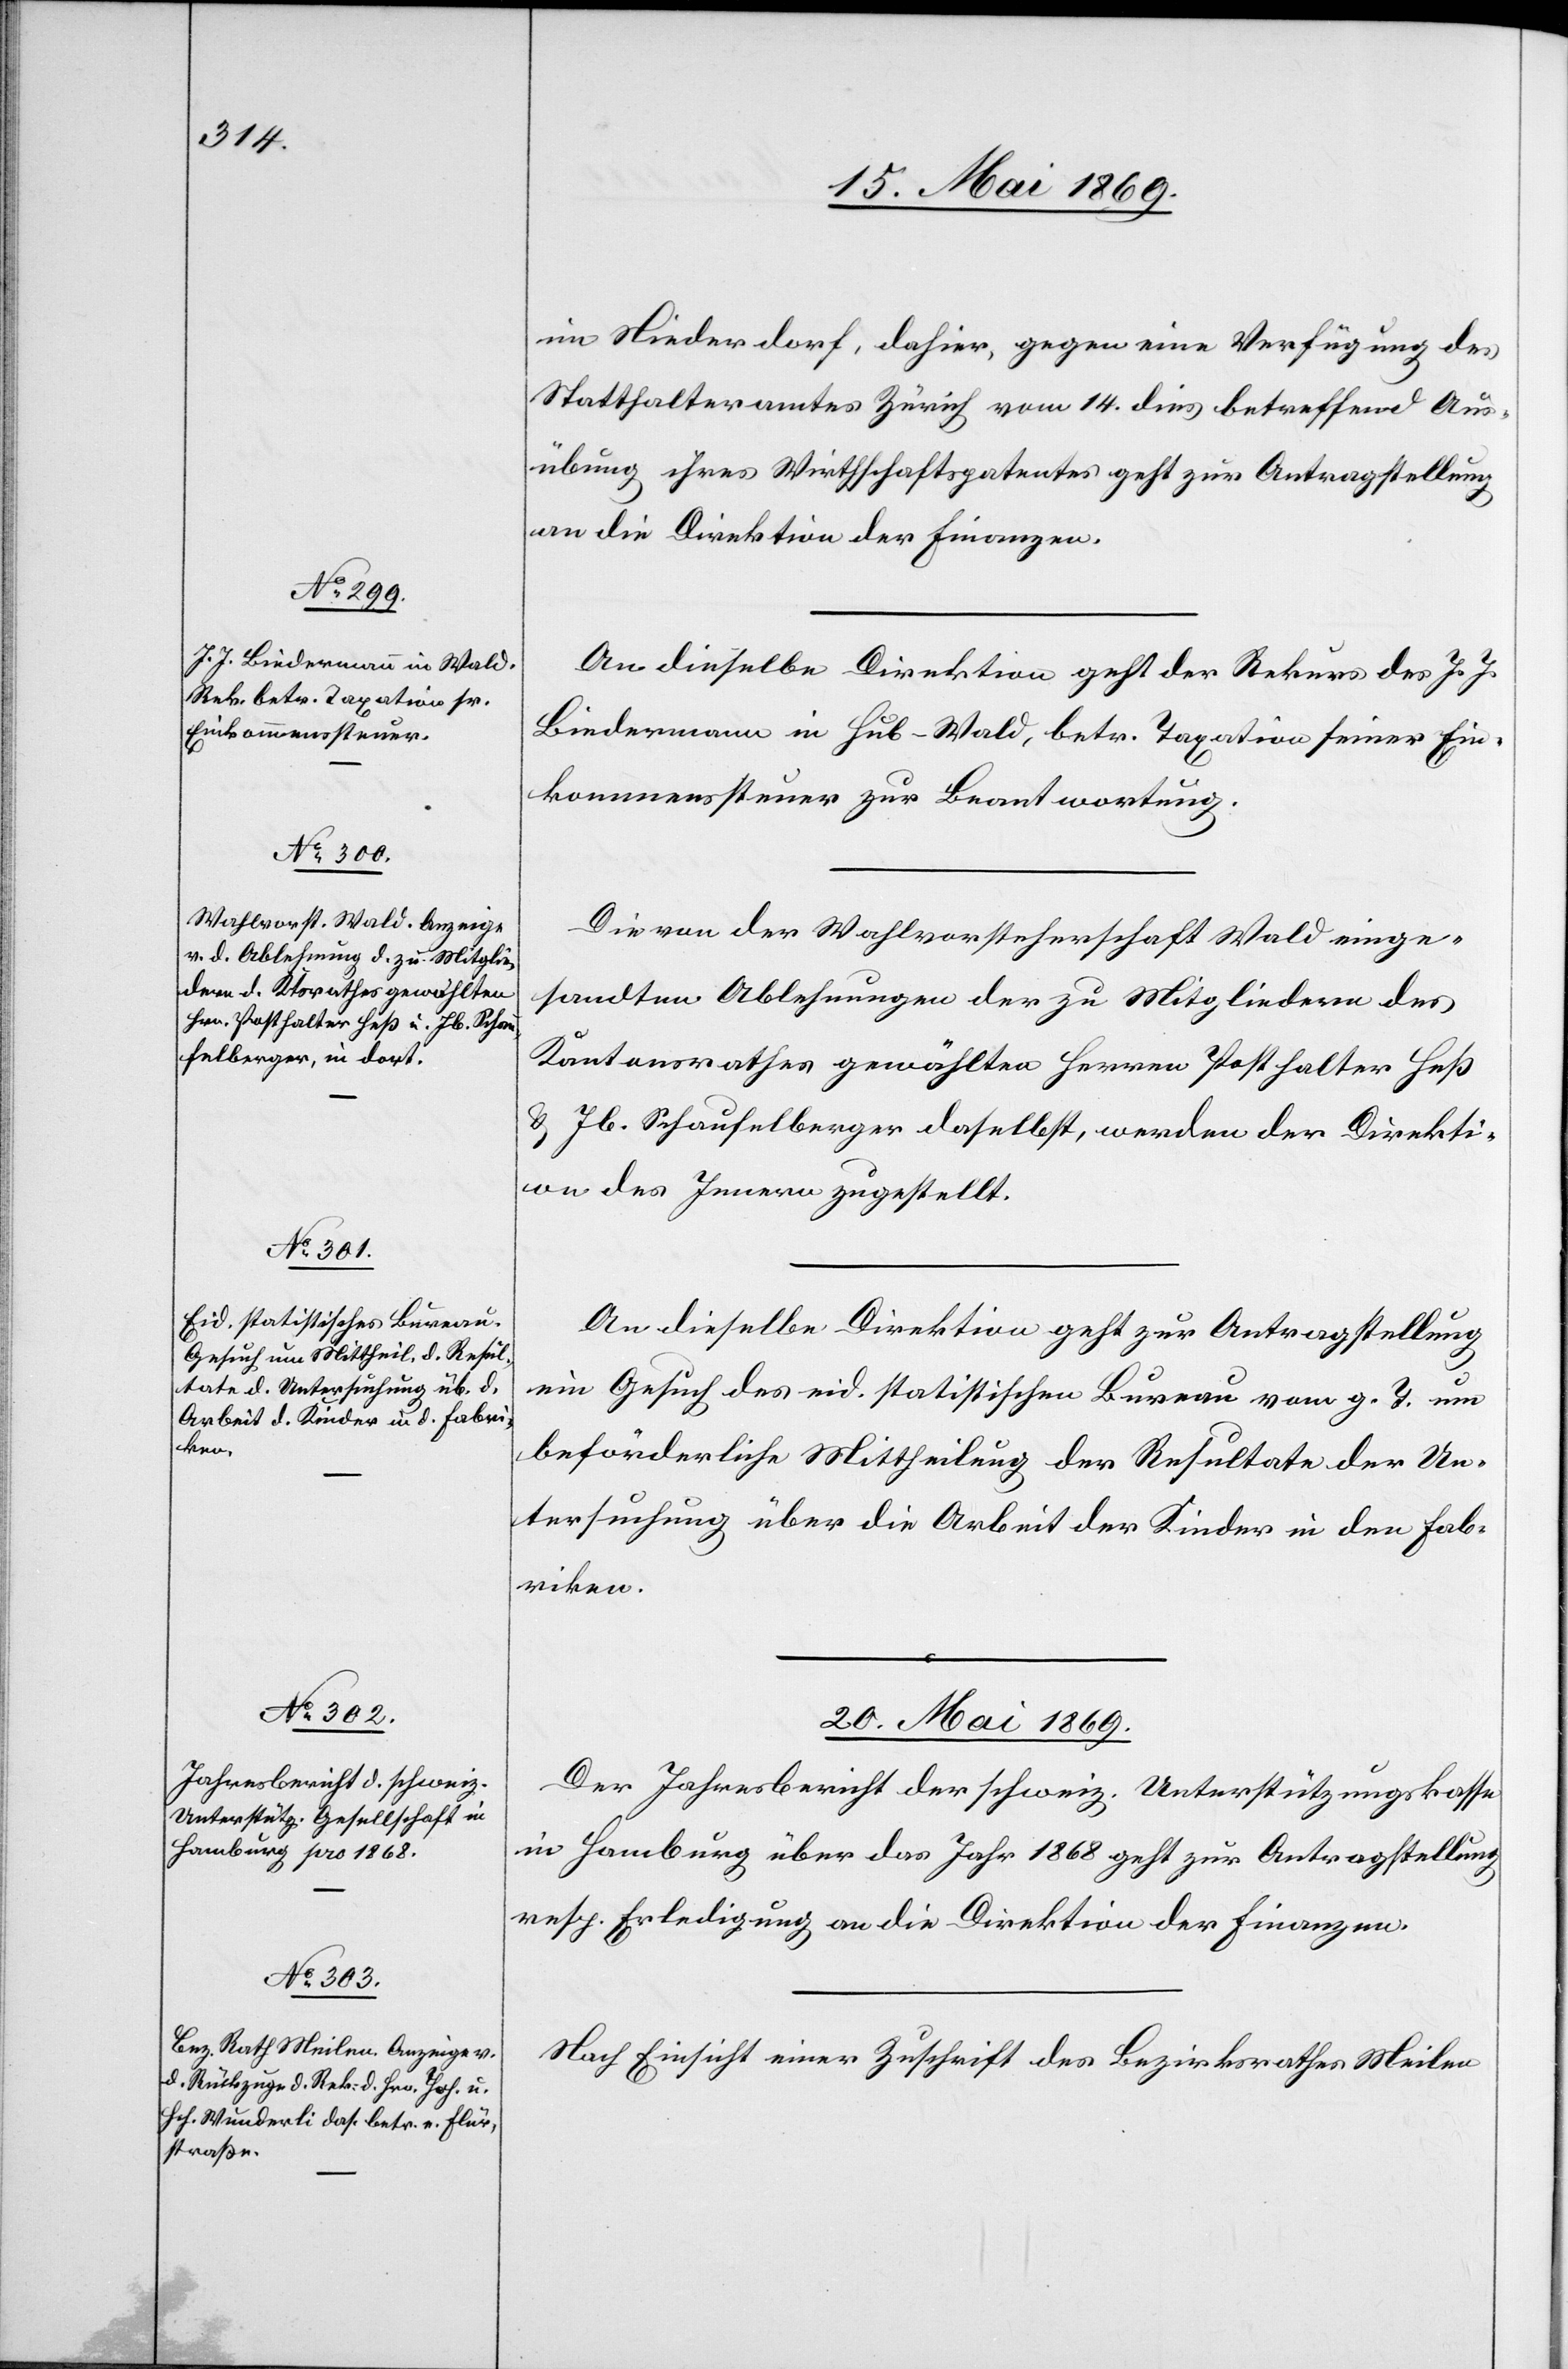
19. Mai 1869.]
im Niederdorf, dahier, gegen eine Verfügung des
Statthalteramtes Zürich vom 14. dies betreffend Aus¬
übung ihres Wirthschaftspatentes geht zur Antragstellung
an die Direktion der Finanzen.
An dieselbe Direktion geht der Rekurs des J. J.
Biedermann in Hub - Wald, betr. Taxation seiner Ein¬
kommenssteuer zur Beantwortung.
Die von der Wahlvorsteherschaft Wald einge¬
sandten Ablehnungen der zu Mitgliedern des
Kantonsrathes gewähltes Herren Posthalter Heß
u. Jb. Schaufelberger daselbst, werden der Direkti¬
on des Innern zugestellt.
An dieselbe Direktion geht zur Antragstellung
ein Gesuch des eid. statistischen Bureau vom g. T. um
beförderliche Mittheilung der Resultate der Un¬
tersuchung über die Arbeit der Kinder in den Fab¬
riken.
20. Mai 1869.]
Der Jahresbericht der schweiz. Unterstützungskasse
in Hamburg über das Jahr 1868 geht zur Antragstellung
resp. Erledigung an die Direktion der Finanzen.
Nach Einsicht einer Zuschrift des Bezirksrathes Meilen